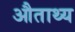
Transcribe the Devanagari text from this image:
औताथ्य